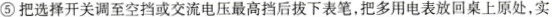
⑤把选择开关调到空挡或交流电压最高挡后拔下表笔，把多用电表放回桌上原处，实